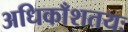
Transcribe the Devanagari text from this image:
अधिकाँशतयः